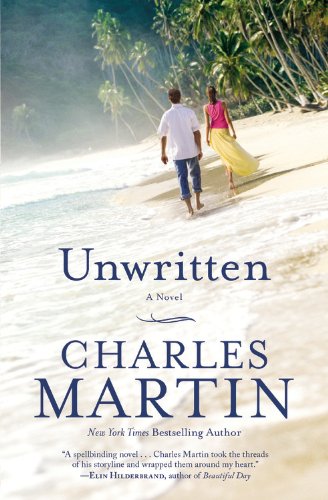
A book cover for Unwritten: A Novel; Charles Martin; Romance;